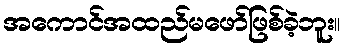
အကောင်အထည်မဖော်ဖြစ်ခဲ့ဘူး။